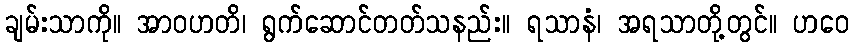
ချမ်းသာကို။ အာဝဟတိ၊ ရွက်ဆောင်တတ်သနည်း။ ရသာနံ၊ အရသာတို့တွင်။ ဟဝေ